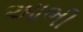
આભી